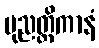
ပုညတ္ထိကာနံ